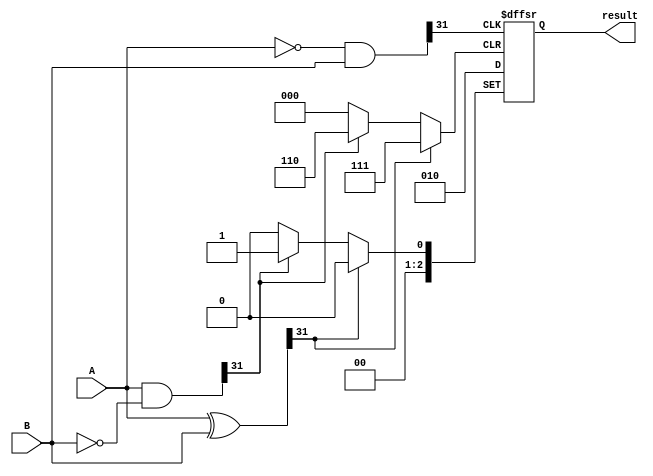
module comparator(
    input [31:0] A,
    input [31:0] B,
    output reg [2:0] result
);

reg [31:0] equal;
reg [31:0] greater;
reg [31:0] less;

always @ (A or B) begin
    equal = A ^ B;
    greater = A & ~B;
    less = ~A & B;
end

always @ (posedge equal[31] or posedge greater[31] or posedge less[31]) begin
    if (equal[31] == 1) begin
        result = 3'b000;
    end else if (greater[31] == 1) begin
        result = 3'b001;
    end else if (less[31] == 1) begin
        result = 3'b010;
    end
end

endmodule